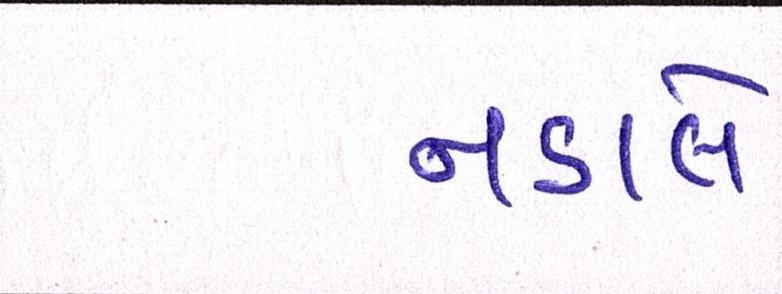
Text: નડાલે